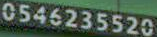
0546235520